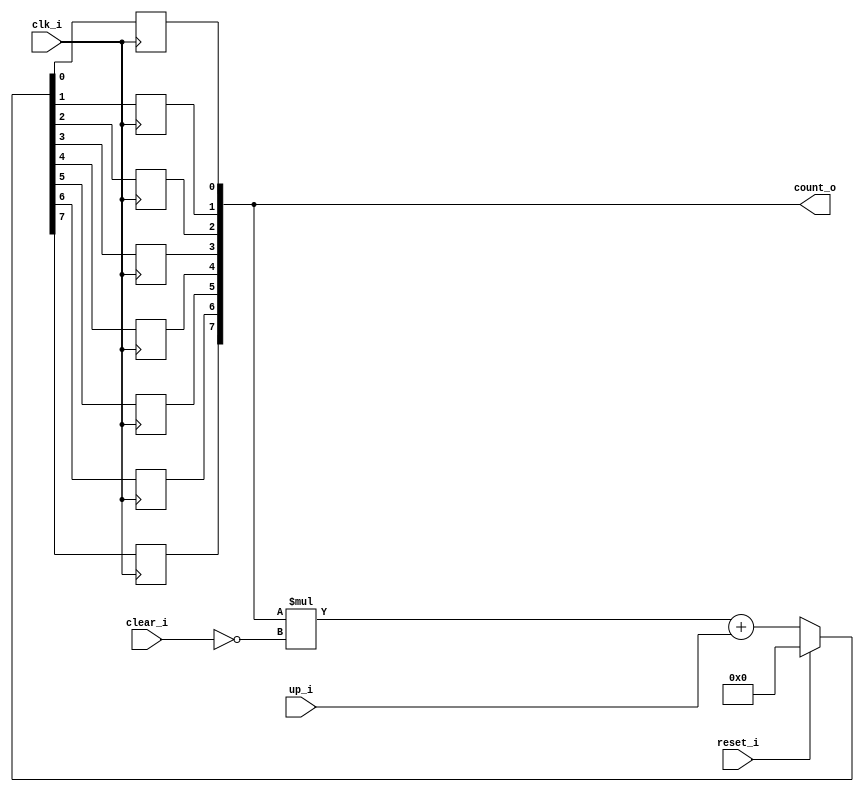
module bsg_counter_clear_up_max_val_p128_init_val_p0
(
  clk_i,
  reset_i,
  clear_i,
  up_i,
  count_o
);

  output [7:0] count_o;
  input clk_i;
  input reset_i;
  input clear_i;
  input up_i;
  wire N0,N1,N2,N3,N4,N5,N6,N7,N8,N9,N10,N11,N12,N13,N14,N15,N16,N17,N18,N19,N20,N21,
  N22,N23,N24,N25,N26,N27,N28,N29;
  reg [7:0] count_o;

  always @(posedge clk_i) begin
    if(1'b1) begin
      count_o[7] <= N21;
    end 
  end


  always @(posedge clk_i) begin
    if(1'b1) begin
      count_o[6] <= N20;
    end 
  end


  always @(posedge clk_i) begin
    if(1'b1) begin
      count_o[5] <= N19;
    end 
  end


  always @(posedge clk_i) begin
    if(1'b1) begin
      count_o[4] <= N18;
    end 
  end


  always @(posedge clk_i) begin
    if(1'b1) begin
      count_o[3] <= N17;
    end 
  end


  always @(posedge clk_i) begin
    if(1'b1) begin
      count_o[2] <= N16;
    end 
  end


  always @(posedge clk_i) begin
    if(1'b1) begin
      count_o[1] <= N15;
    end 
  end


  always @(posedge clk_i) begin
    if(1'b1) begin
      count_o[0] <= N14;
    end 
  end

  assign { N13, N12, N11, N10, N9, N8, N7, N6 } = { N29, N28, N27, N26, N25, N24, N23, N22 } + up_i;
  assign { N21, N20, N19, N18, N17, N16, N15, N14 } = (N0)? { 1'b0, 1'b0, 1'b0, 1'b0, 1'b0, 1'b0, 1'b0, 1'b0 } : 
                                                      (N1)? { N13, N12, N11, N10, N9, N8, N7, N6 } : 1'b0;
  assign N0 = reset_i;
  assign N1 = N2;
  assign { N29, N28, N27, N26, N25, N24, N23, N22 } = count_o * N4;
  assign N2 = ~reset_i;
  assign N3 = N2;
  assign N4 = ~clear_i;
  assign N5 = N3 & N4;

endmodule